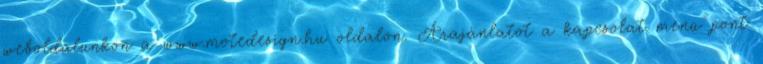
weboldalunkon a www.motedesign.hu oldalon. Árajánlatot a kapcsolat menü pont